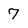
Character: 7